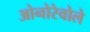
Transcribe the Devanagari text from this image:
ओनोरेवोले